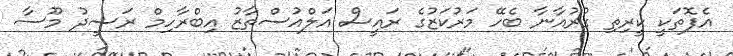
އެފޮތަކީ ކީރިތި ގުރުއާނާ ބެހޭ މަރުކަޒުގެ ރައީސް އަލްއުސްތާޒު އިބްރާހިމް ރަޝީދު މޫސާ